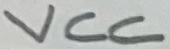
Text: VCC